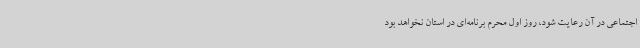
اجتماعی در آن رعایت شود، روز اول محرم برنامه‌ای در استان نخواهد بود